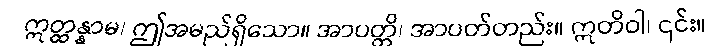
ဣတ္ထန္နာမ၊ ဤအမည်ရှိသော။ အာပတ္တိ၊ အာပတ်တည်း။ ဣတိဝါ၊ ၎င်း။